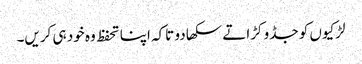
لڑکیوں کو جڈو کڑاتے سکھا دو تاکہ اپنا تحفظ وہ خود ہی کریں۔